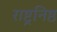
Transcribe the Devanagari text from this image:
राष्ट्रनिष्ठ